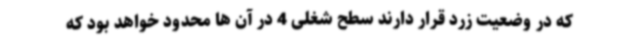
که در وضعیت زرد قرار دارند سطح شغلی 4 در آن ها محدود خواهد بود که